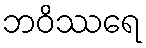
ဘဝိဿရေ